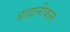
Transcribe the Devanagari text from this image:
ब्राह्मनीकल